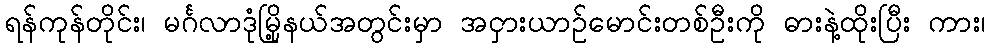
ရန်ကုန်တိုင်း၊ မင်္ဂလာဒုံမြို့နယ်အတွင်းမှာ အငှားယာဥ်မောင်းတစ်ဦးကို ဓားနဲ့ထိုးပြီး ကား၊